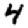
Digit: 4